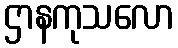
ဌာနကုသလော